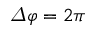
\varDelta \varphi = 2 \pi